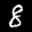
Digit: 8